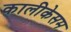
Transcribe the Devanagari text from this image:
कालीकेसम